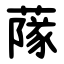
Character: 䔹